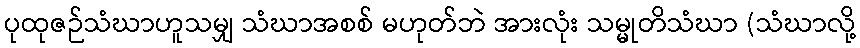
ပုထုဇဉ်သံဃာဟူသမျှ သံဃာအစစ် မဟုတ်ဘဲ အားလုံး သမ္မုတိသံဃာ (သံဃာလို့